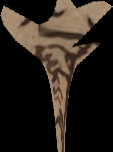
s